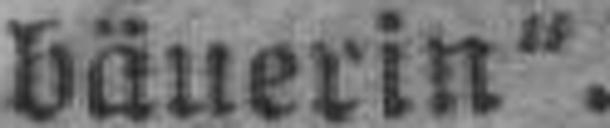
bäuerin“.